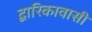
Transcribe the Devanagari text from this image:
द्वारिकावासी